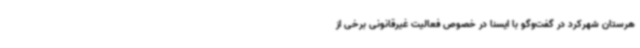
هرستان شهرکرد در گفت‌وگو با ایسنا در خصوص فعالیت غیرقانونی برخی از